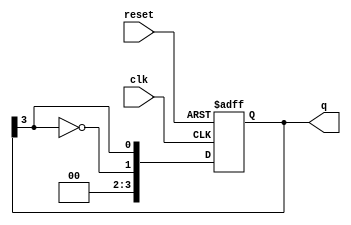
module johnson_counter #(
    parameter N = 4  // Number of flip-flops
)(
    input wire clk,       // Clock signal
    input wire reset,     // Asynchronous reset signal
    output reg [N-1:0] q  // Counter output
);

// Always block for the synchronous operation of the Johnson Counter
always @(posedge clk or posedge reset) begin
    if (reset) begin
        // Initialize the counter to all zeros on reset
        q <= 0;
    end else begin
        // Johnson Counter logic
        q <= {~q[N-1], q[N-1:N-1]}; // Shift and invert last bit
    end
end

endmodule